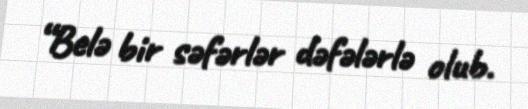
“Belə bir səfərlər dəfələrlə olub.